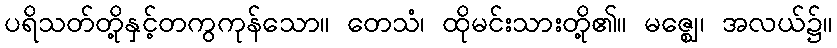
ပရိသတ်တို့နှင့်တကွကုန်သော။ တေသံ၊ ထိုမင်းသားတို့၏။ မဇ္ဈေ၊ အလယ်၌။